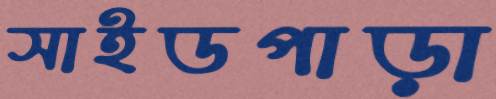
সাইডপাড়া